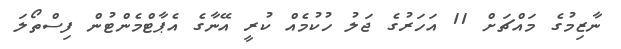
ނާޒިމުގެ މައްޗަށް 11 އަހަރުގެ ޖަލު ހުކުމެއް ކުރީ އޭނާގެ އެޕާޓްމެންޓުން ފިސްތޯލަ